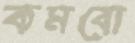
কমবো